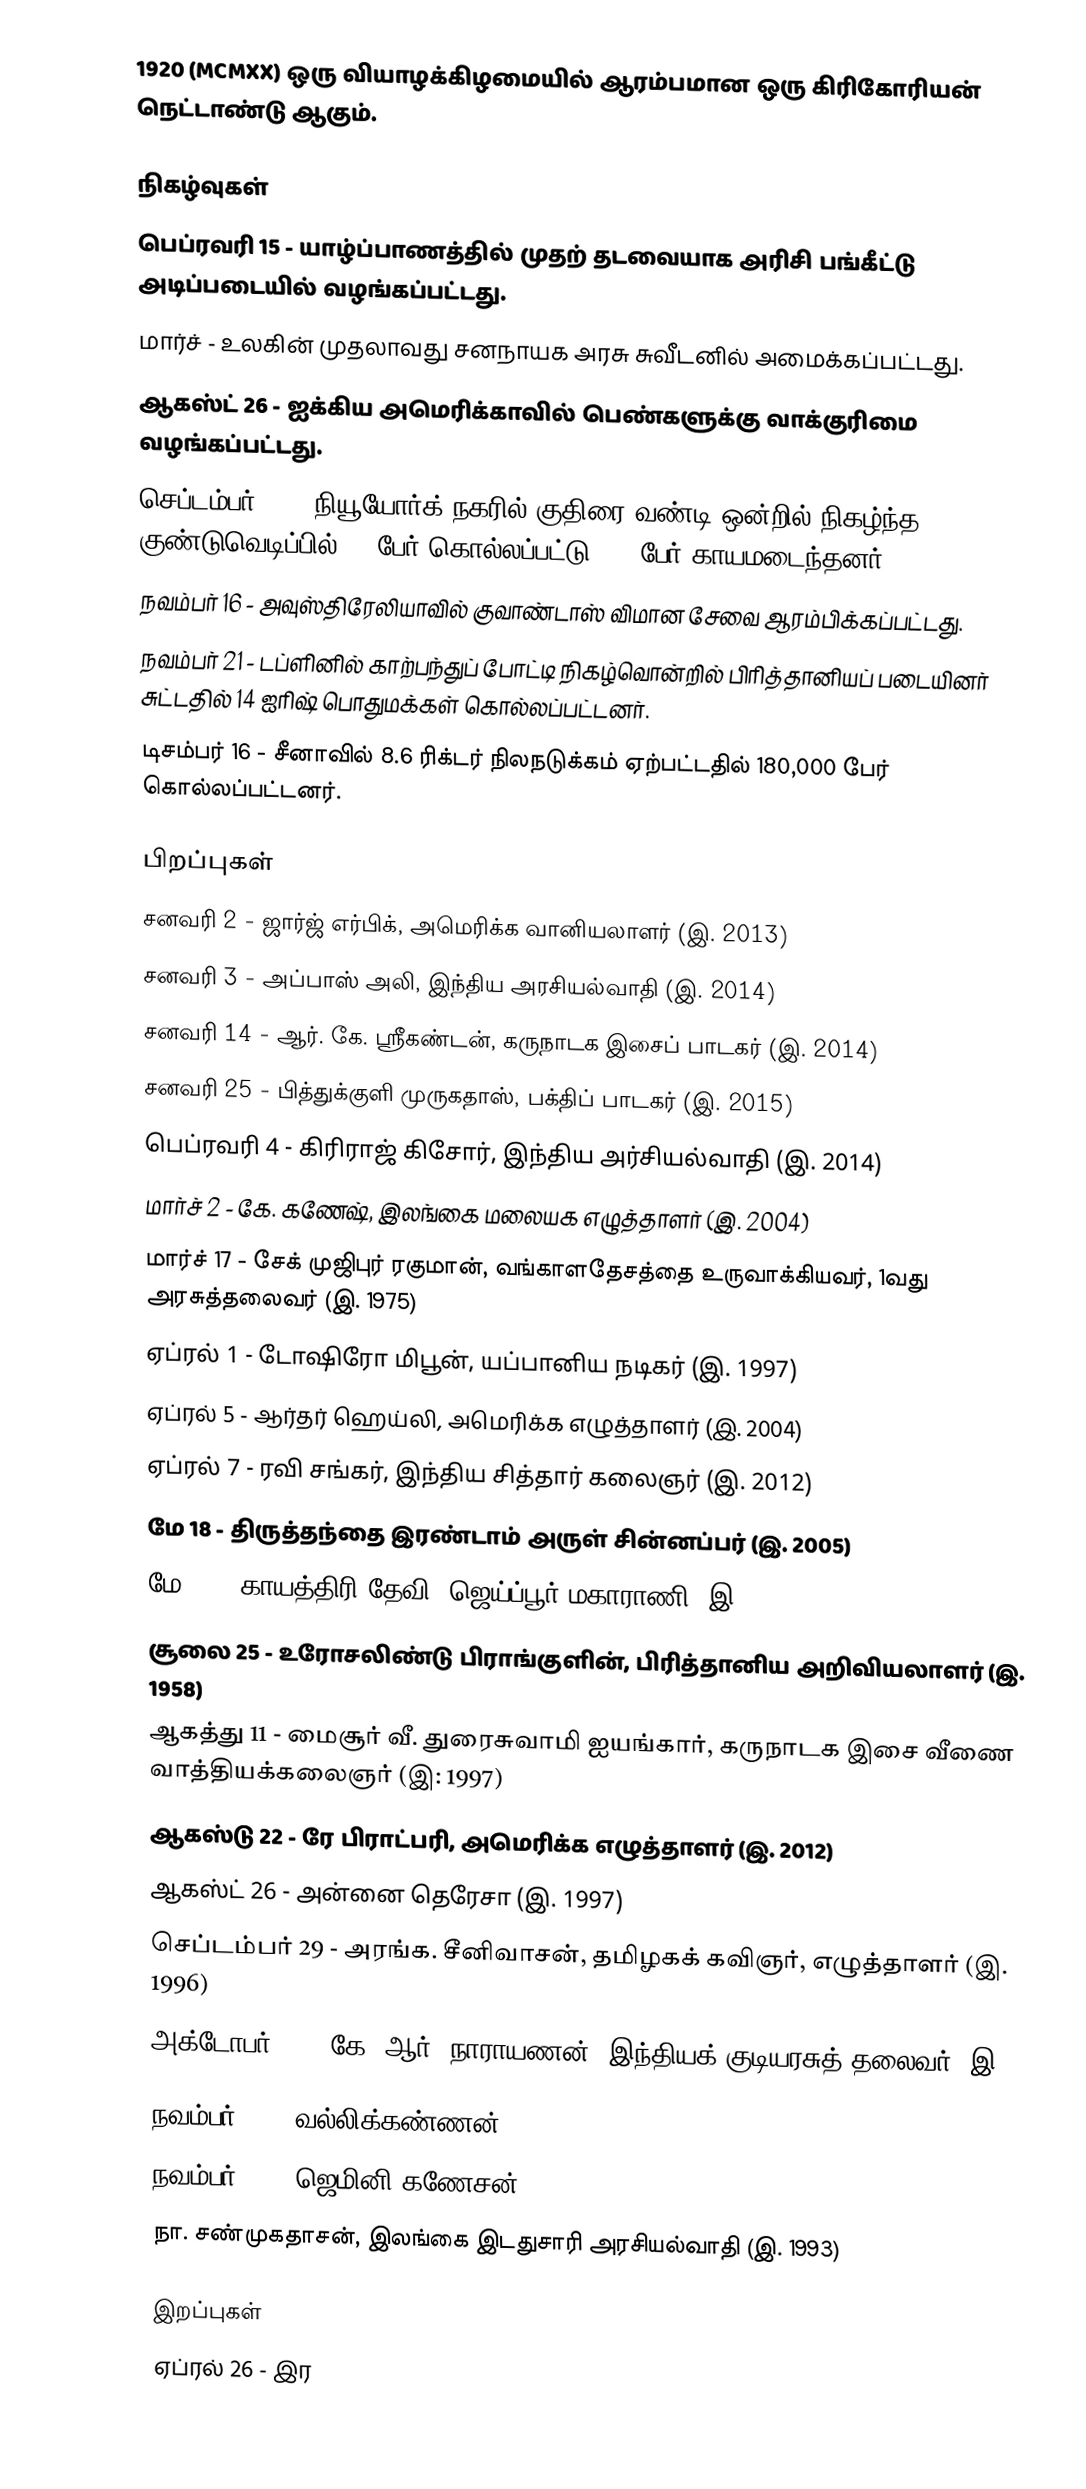
1920  (MCMXX) ஒரு வியாழக்கிழமையில் ஆரம்பமான ஒரு கிரிகோரியன் நெட்டாண்டு ஆகும்.

நிகழ்வுகள்
 பெப்ரவரி 15 - யாழ்ப்பாணத்தில் முதற் தடவையாக அரிசி பங்கீட்டு அடிப்படையில் வழங்கப்பட்டது.
 மார்ச் - உலகின் முதலாவது சனநாயக அரசு சுவீடனில் அமைக்கப்பட்டது.
 ஆகஸ்ட் 26 - ஐக்கிய அமெரிக்காவில் பெண்களுக்கு வாக்குரிமை வழங்கப்பட்டது.
 செப்டம்பர் 16 - நியூயோர்க் நகரில் குதிரை வண்டி ஒன்றில் நிகழ்ந்த குண்டுவெடிப்பில் 38 பேர் கொல்லப்பட்டு 400 பேர் காயமடைந்தனர்.
 நவம்பர் 16 - அவுஸ்திரேலியாவில் குவாண்டாஸ் விமான சேவை ஆரம்பிக்கப்பட்டது.
 நவம்பர் 21 - டப்ளினில் காற்பந்துப் போட்டி நிகழ்வொன்றில் பிரித்தானியப் படையினர் சுட்டதில் 14 ஐரிஷ் பொதுமக்கள் கொல்லப்பட்டனர்.
 டிசம்பர் 16 - சீனாவில் 8.6 ரிக்டர் நிலநடுக்கம் ஏற்பட்டதில் 180,000 பேர் கொல்லப்பட்டனர்.

பிறப்புகள்
 சனவரி 2 - ஜார்ஜ் எர்பிக், அமெரிக்க வானியலாளர் (இ. 2013)
 சனவரி 3 - அப்பாஸ் அலி, இந்திய அரசியல்வாதி (இ. 2014)
 சனவரி 14 - ஆர். கே. ஸ்ரீகண்டன், கருநாடக இசைப் பாடகர் (இ. 2014)
 சனவரி 25 - பித்துக்குளி முருகதாஸ், பக்திப் பாடகர் (இ. 2015)
 பெப்ரவரி 4 - கிரிராஜ் கிசோர், இந்திய அர்சியல்வாதி (இ. 2014)
 மார்ச் 2 - கே. கணேஷ், இலங்கை மலையக எழுத்தாளர் (இ. 2004)
 மார்ச் 17 - சேக் முஜிபுர் ரகுமான், வங்காளதேசத்தை உருவாக்கியவர், 1வது அரசுத்தலைவர் (இ. 1975)
 ஏப்ரல் 1 - டோஷிரோ மிபூன், யப்பானிய நடிகர் (இ. 1997)
 ஏப்ரல் 5 - ஆர்தர் ஹெய்லி, அமெரிக்க எழுத்தாளர் (இ. 2004)
 ஏப்ரல் 7 - ரவி சங்கர், இந்திய சித்தார் கலைஞர் (இ. 2012)
 மே 18 - திருத்தந்தை இரண்டாம் அருள் சின்னப்பர் (இ. 2005)
 மே 23 - காயத்திரி தேவி, ஜெய்ப்பூர் மகாராணி (இ. 2009
 சூலை 25 - உரோசலிண்டு பிராங்குளின், பிரித்தானிய அறிவியலாளர் (இ. 1958)
 ஆகத்து 11 - மைசூர் வீ. துரைசுவாமி ஐயங்கார், கருநாடக இசை வீணை வாத்தியக்கலைஞர் (இ: 1997)
 ஆகஸ்டு 22 - ரே பிராட்பரி, அமெரிக்க எழுத்தாளர் (இ. 2012)
 ஆகஸ்ட் 26 - அன்னை தெரேசா (இ. 1997)
 செப்டம்பர் 29 - அரங்க. சீனிவாசன், தமிழகக் கவிஞர், எழுத்தாளர் (இ. 1996)
 அக்டோபர் 27 - கே. ஆர். நாராயணன், இந்தியக் குடியரசுத் தலைவர் (இ. 2005)
 நவம்பர் 12 - வல்லிக்கண்ணன்
 நவம்பர் 17 - ஜெமினி கணேசன்
 நா. சண்முகதாசன், இலங்கை இடதுசாரி அரசியல்வாதி (இ. 1993)

இறப்புகள்
 ஏப்ரல் 26 - இர